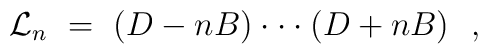
{\cal L}_n \ = \ (D-nB) \cdot \cdot \cdot (D +nB)\ \ ,